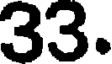
33.